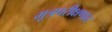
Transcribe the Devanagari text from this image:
मूत्रपरीक्षणात